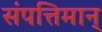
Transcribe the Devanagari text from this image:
संपत्तिमान्